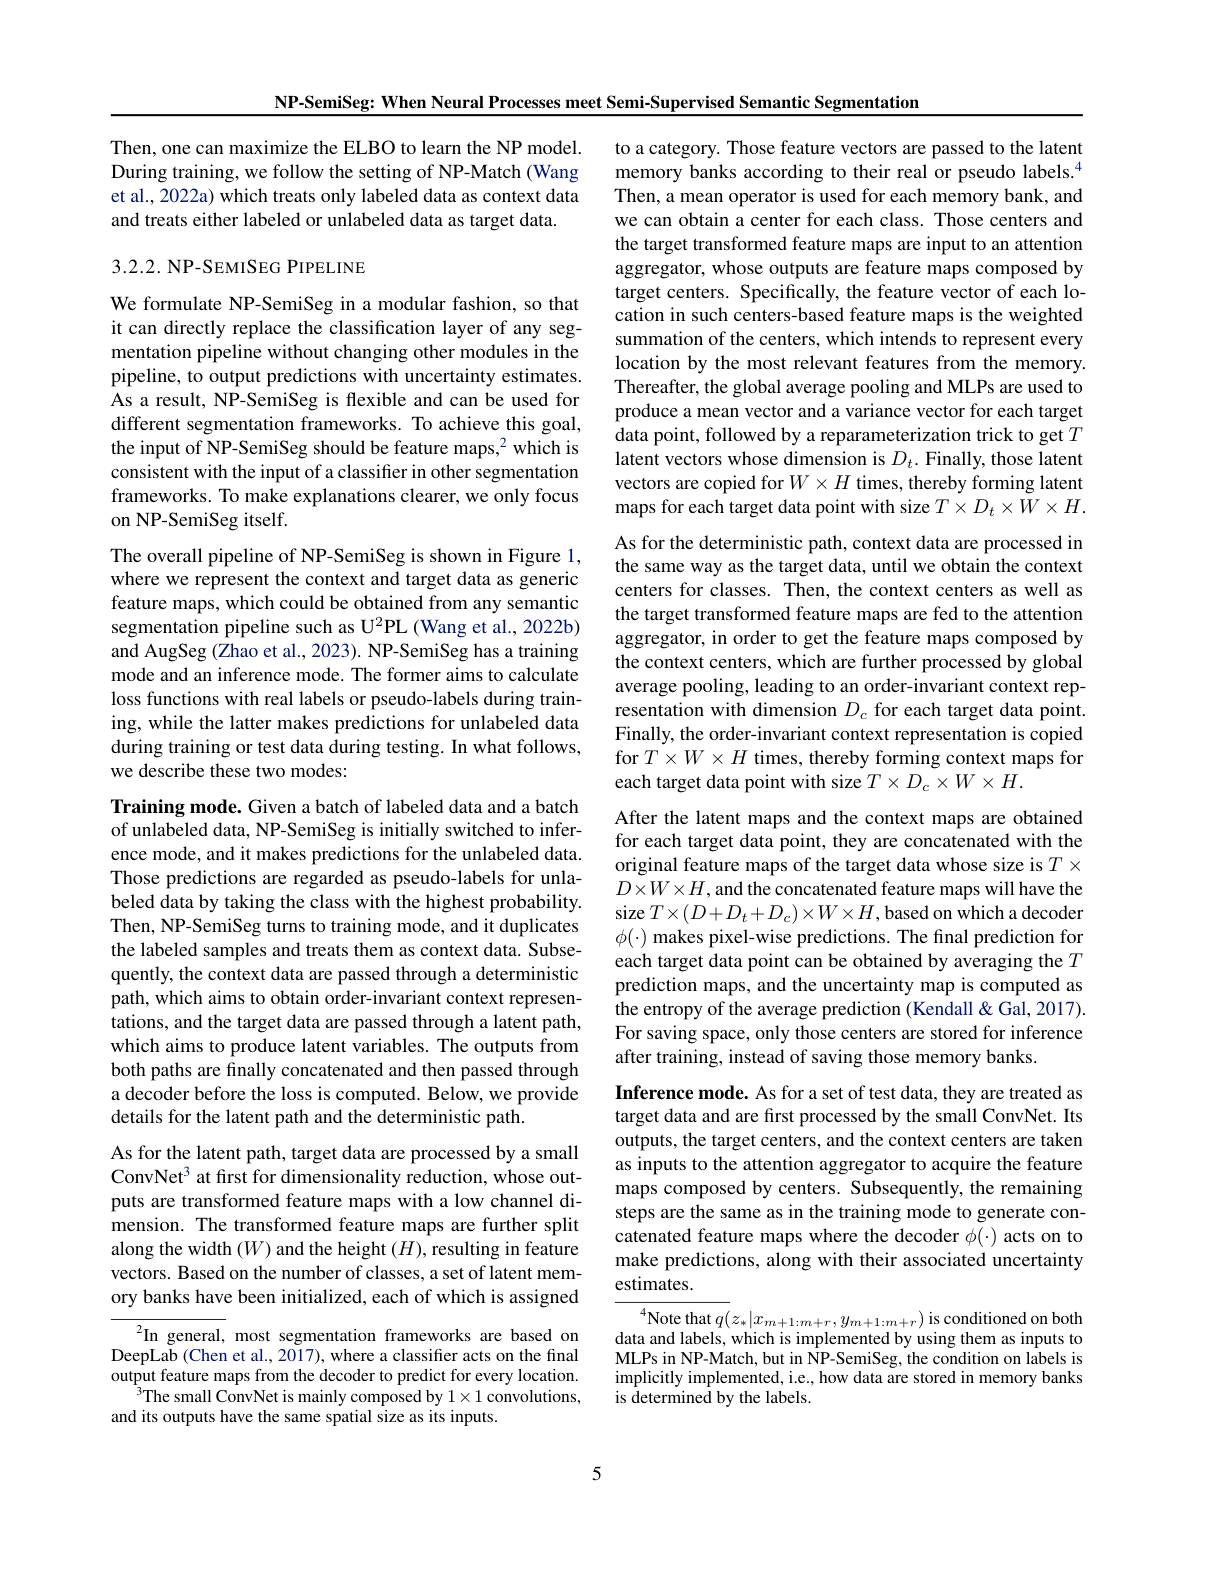
NP-SemiSeg: When Neural Processes meet Semi-Supervised Semantic Segmentation

Then, one can maximize the ELBO to learn the NP model. During training, we follow the setting of NP-Match (Wang et al., 2022a) which treats only labeled data as context data and treats either labeled or unlabeled data as target data.

## 3.2.2. NP-SEMISEG PIPELINE

We formulate NP-SemiSeg in a modular fashion, so that it can directly replace the classification layer of any segmentation pipeline without changing other modules in the pipeline, to output predictions with uncertainty estimates. As a result, NP-SemiSeg is flexible and can be used for different segmentation frameworks. To achieve this goal, the input of NP-SemiSeg should be feature maps,$^2$ which is consistent with the input of a classifier in other segmentation frameworks. To make explanations clearer, we only focus on NP-SemiSeg itself.

The overall pipeline of NP-SemiSeg is shown in Figure 1, where we represent the context and target data as generic feature maps, which could be obtained from any semantic segmentation pipeline such as U$^2$PL (Wang et al., 2022b) and AugSeg (Zhao et al., 2023). NP-SemiSeg has a training mode and an inference mode. The former aims to calculate loss functions with real labels or pseudo-labels during training, while the latter makes predictions for unlabeled data during training or test data during testing. In what follows, we describe these two modes:

Training mode. Given a batch of labeled data and a batch of unlabeled data, NP-SemiSeg is initially switched to inference mode, and it makes predictions for the unlabeled data. Those predictions are regarded as pseudo-labels for unlabeled data by taking the class with the highest probability. Then, NP-SemiSeg turns to training mode, and it duplicates the labeled samples and treats them as context data. Subsequently, the context data are passed through a deterministic path, which aims to obtain order-invariant context representations, and the target data are passed through a latent path, which aims to produce latent variables. The outputs from both paths are finally concatenated and then passed through a decoder before the loss is computed. Below, we provide details for the latent path and the deterministic path.

As for the latent path, target data are processed by a small ConvNet$^3$ at first for dimensionality reduction, whose outputs are transformed feature maps with a low channel dimension. The transformed feature maps are further split along the width $(W)$ and the height $(H)$, resulting in feature vectors. Based on the number of classes, a set of latent memory banks have been initialized, each of which is assigned

$^{2}$In general, most segmentation frameworks are based on DeepLab (Chen et al., 2017), where a classifier acts on the final output feature maps from the decoder to predict for every location.
$^{3}$The small ConvNet is mainly composed by $1\times1$ convolutions,
and its outputs have the same spatial size as its inputs.

to a category. Those feature vectors are passed to the latent memory banks according to their real or pseudo labels.$^{4}$ Then, a mean operator is used for each memory bank, and we can obtain a center for each class. Those centers and the target transformed feature maps are input to an attention aggregator, whose outputs are feature maps composed by target centers. Specifically, the feature vector of each location in such centers-based feature maps is the weighted summation of the centers, which intends to represent every location by the most relevant features from the memory. Thereafter, the global average pooling and MLPs are used to produce a mean vector and a variance vector for each target data point, followed by a reparameterization trick to get $T$ latent vectors whose dimension is $D_t.$ Finally, those latent vectors are copied for $W\times H$ times, thereby forming latent maps for each target data point with size $T\times D_t\times W\times H.$ As for the deterministic path, context data are processed in the same way as the target data, until we obtain the context centers for classes. Then, the context centers as well as the target transformed feature maps are fed to the attention aggregator, in order to get the feature maps composed by the context centers, which are further processed by global average pooling, leading to an order-invariant context representation with dimension $D_c$ for each target data point. Finally, the order-invariant context representation is copied for $T\times W\times H$ times, thereby forming context maps for each target data point with size $T\times D_c\times W\times H.$
After the latent maps and the context maps are obtained for each target data point, they are concatenated with the

original feature maps of the target data whose size is $T\times$ $D\times W\times H$,and the concatenated feature maps will have the size $T\times(D+D_{t}+D_{c})\times W\times H$, based on which a decoder $\phi(\cdot)$ makes pixel-wise predictions. The final prediction for each target data point can be obtained by averaging the $T$ prediction maps, and the uncertainty map is computed as the entropy of the average prediction (Kendall&Gal, 2017). For saving space, only those centers are stored for inference after training, instead of saving those memory banks.

Inference mode. As for a set of test data, they are treated as target data and are first processed by the small ConvNet. Its outputs, the target centers, and the context centers are taken as inputs to the attention aggregator to acquire the feature maps composed by centers. Subsequently, the remaining steps are the same as in the training mode to generate concatenated feature maps where the decoder $\phi(\cdot)$ acts on to make predictions, along with their associated uncertainty estimates

$^{4}$Note that $q(z_*|x_{m+1:m+r},y_{m+1:m+r})$ is conditioned on bothdata and labels, which is implemented by using them as inputs to MLPs in NP-Match, but in NP-SemiSeg, the condition on labels is implicitly implemented, i.e., how data are stored in memory banks is determined by the labels.

5